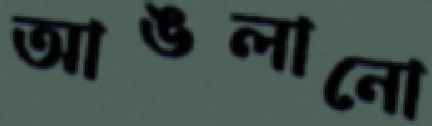
আঙলানো